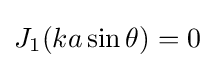
J_{1}(ka\sin \theta )=0